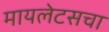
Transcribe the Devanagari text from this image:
मायलेटसचा